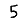
Digit: 5